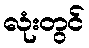
လုံးတွင်